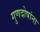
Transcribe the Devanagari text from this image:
गुणदोषांना